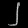
Digit: ၂